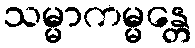
သမ္မာကမ္မန္တေ